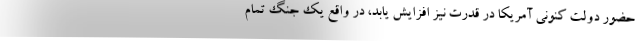
حضور دولت کنونی آمریکا در قدرت نیز افزایش یابد، در واقع یک جنگ تمام